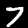
Label: 7